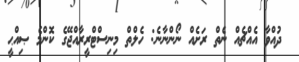
ދުއްވާ އެއްޗެއް ނެތް ރަށެއް ނޯންނާނެ: ހެލްތް މިނިސްޓްރީރާއްޖޭގެ ކޮންމެ ޞިއްޙީ